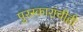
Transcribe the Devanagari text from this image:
पुरस्कारांचीही